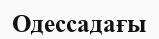
Одессадағы